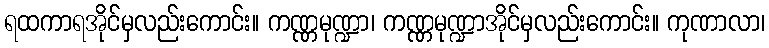
ရထကာရအိုင်မှလည်းကောင်း။ ကဏ္ဏမုဏ္ဍာ၊ ကဏ္ဏမုဏ္ဍာအိုင်မှလည်းကောင်း။ ကုဏာလာ၊